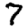
Digit: 7